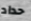
حداد